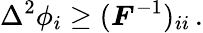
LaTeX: \Delta^{2}\phi_{i}\geq(\boldsymbol{F}^{-1})_{ii}\, .